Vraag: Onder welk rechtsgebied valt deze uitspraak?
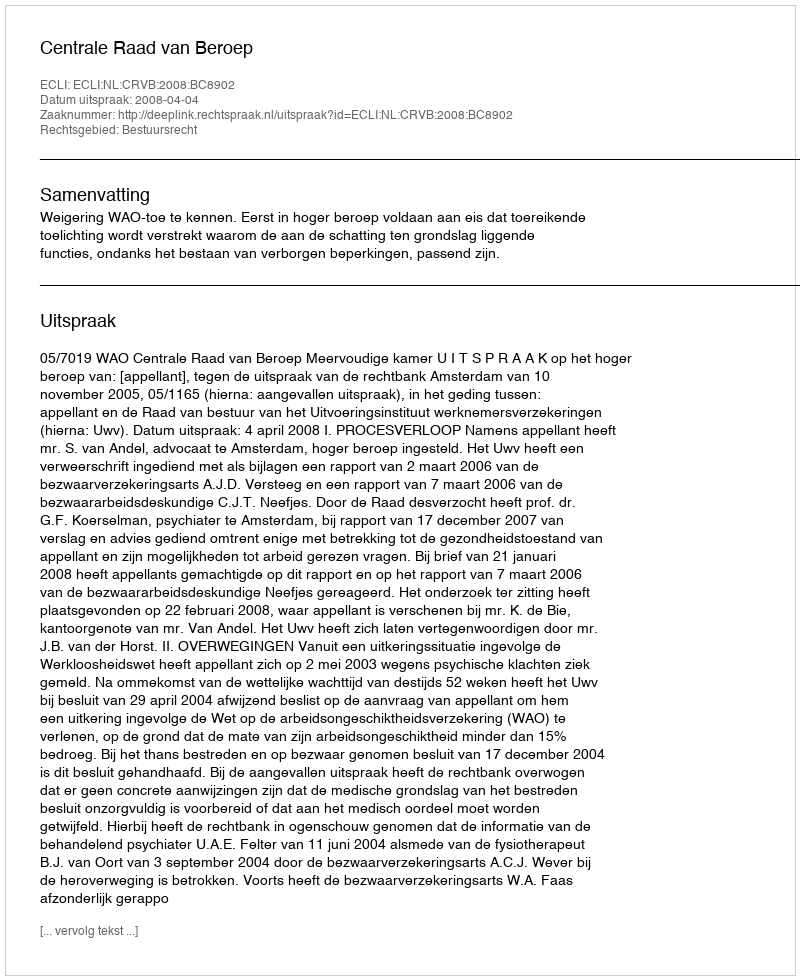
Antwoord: Bestuursrecht